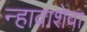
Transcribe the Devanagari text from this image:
न्हावाशेवा